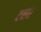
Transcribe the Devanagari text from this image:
टनर